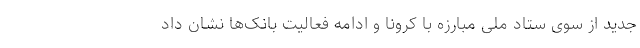
جدید از سوی ستاد ملی مبارزه با کرونا و ادامه فعالیت بانک‌ها نشان داد